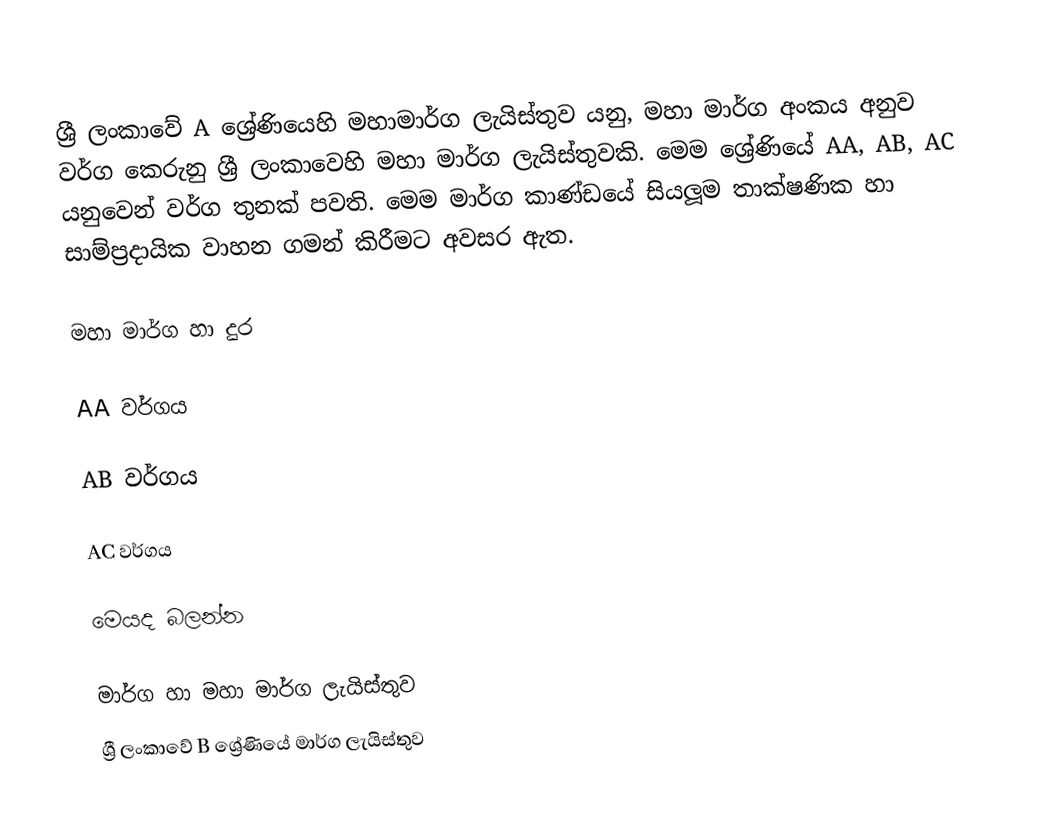
ශ්‍රී ලංකාවේ A ශ්‍රේණියෙහි මහාමාර්ග ලැයිස්තුව යනු, මහා මාර්ග අංකය අනුව වර්ග කෙරුනු ශ්‍රී ලංකාවෙහි මහා මාර්ග ලැයිස්තුවකි. මෙම ශ්‍රේණියේ AA, AB, AC යනුවෙන් වර්ග තුනක් පවති. මෙම මාර්ග කාණ්ඩයේ සියලූම තාක්ෂණික හා සාම්ප්‍රදායික වාහන ගමන් කිරීමට අවසර ඇත.

මහා මාර්ග හා දුර

AA වර්ගය

AB වර්ගය

AC වර්ගය

මෙයද බලන්න

 මාර්ග හා මහා මාර්ග ලැයිස්තුව
 ශ්‍රී ලංකාවේ B ශ්‍රේණියේ මාර්ග ලැයිස්තුව